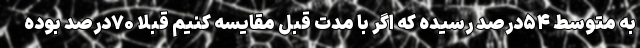
به متوسط ۵۴درصد رسیده که اگر با مدت قبل مقایسه کنیم قبلا ۷۰درصد بوده